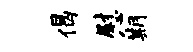
偈慰期